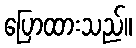
ပြောထားသည်။